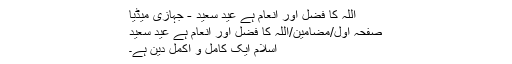
اللہ کا فضل اور انعام ہے عید سعید - جہازی میڈیا
صفحہ اول/مضامین/اللہ کا فضل اور انعام ہے عید سعید
اسلام ایک کامل و اکمل دین ہے۔